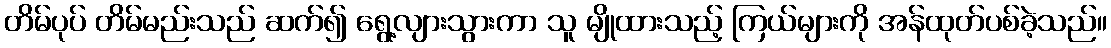
တိမ်ပုပ် တိမ်မည်းသည် ဆက်၍ ရွေ့လျားသွားကာ သူ မျိုထားသည့် ကြယ်များကို အန်ထုတ်ပစ်ခဲ့သည်။